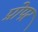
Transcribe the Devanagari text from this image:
प्रोपर